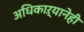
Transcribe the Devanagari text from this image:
अधिकाऱ्यानेही